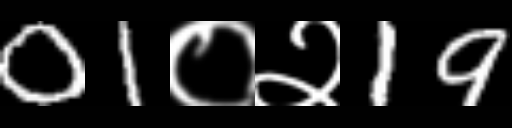
Text: 01०२19